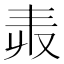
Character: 𠬻